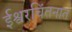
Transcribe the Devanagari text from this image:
ईश्वरचिंतनात